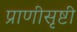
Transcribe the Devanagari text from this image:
प्राणीसृष्टी